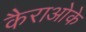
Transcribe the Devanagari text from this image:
कैराओके